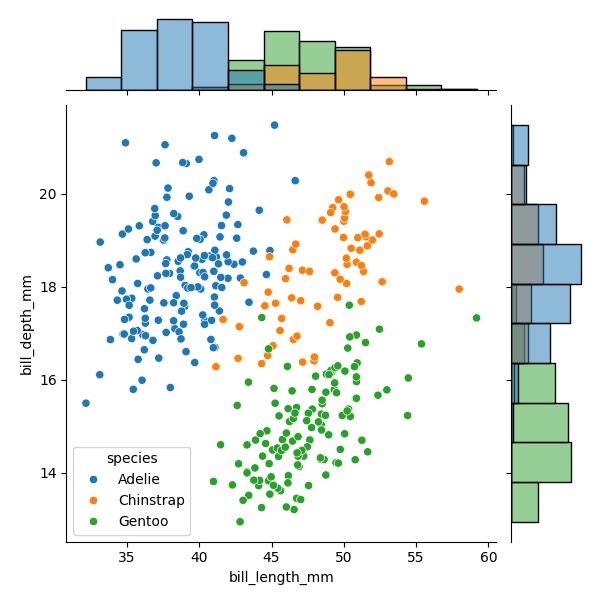
python, seaborn, JointGrid, scatterplot, histplot, hue